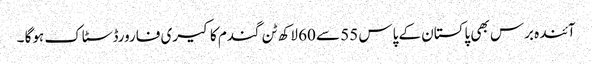
آئندہ برس بھی پاکستان کے پاس 55 سے 60 لاکھ ٹن گندم کا کیری فارورڈ سٹاک ہوگا ۔